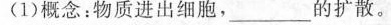
(1)概念：物质进出细胞，___的扩散。